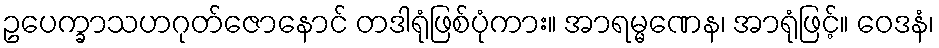
ဥပေက္ခာသဟဂုတ်ဇောနောင် တဒါရုံဖြစ်ပုံကား။ အာရမ္မဏေန၊ အာရုံဖြင့်။ ဝေဒနံ၊